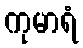
ကုမာရံ